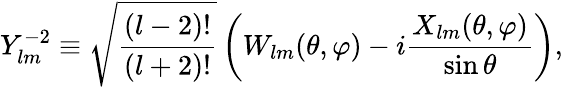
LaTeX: Y_{lm}^{-2}\equiv\sqrt{\frac{(l-2)!}{(l+2)!}}\left(W_{lm}(\theta,\varphi)-i\frac{X_{lm}(\theta,\varphi)}{\sin\theta}\right),